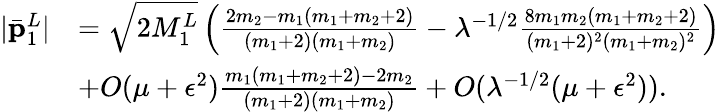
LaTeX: \begin{array}{rl}{|\bar{\mathbf{p}}_{1}^{L}|}&{=\sqrt{2M_{1}^{L}}\left(\frac{2m_{2}-m_{1}(m_{1}+m_{2}+2)}{(m_{1}+2)(m_{1}+m_{2})}-\lambda^{-1/2}\frac{8m_{1}m_{2}(m_{1}+m_{2}+2)}{(m_{1}+2)^{2}(m_{1}+m_{2})^{2}}\right)}\\ &{+O(\mu+\epsilon^{2})\frac{m_{1}(m_{1}+m_{2}+2)-2m_{2}}{(m_{1}+2)(m_{1}+m_{2})}+O(\lambda^{-1/2}(\mu+\epsilon^{2})).}\end{array}